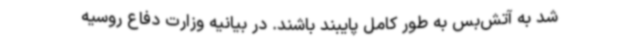
شد به آتش‌بس به طور کامل پایبند باشند. در بیانیه وزارت دفاع روسیه